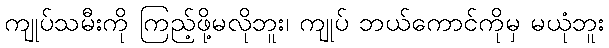
ကျုပ်သမီးကို ကြည့်ဖို့မလိုဘူး၊ ကျုပ် ဘယ်ကောင်ကိုမှ မယုံဘူး